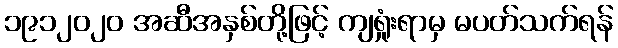
၁၉၁၂၀၂၀ အဆီအနှစ်တို့ဖြင့် ကျရှုံးရာမှ မပတ်သက်ရန်